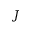
J